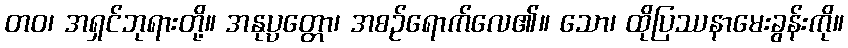
တဝ၊ အရှင်ဘုရားတို့။ အနုပ္ပတ္တော၊ အစဉ်ရောက်လေ၏။ သော၊ ထိုပြဿနာမေးခွန်းကို။